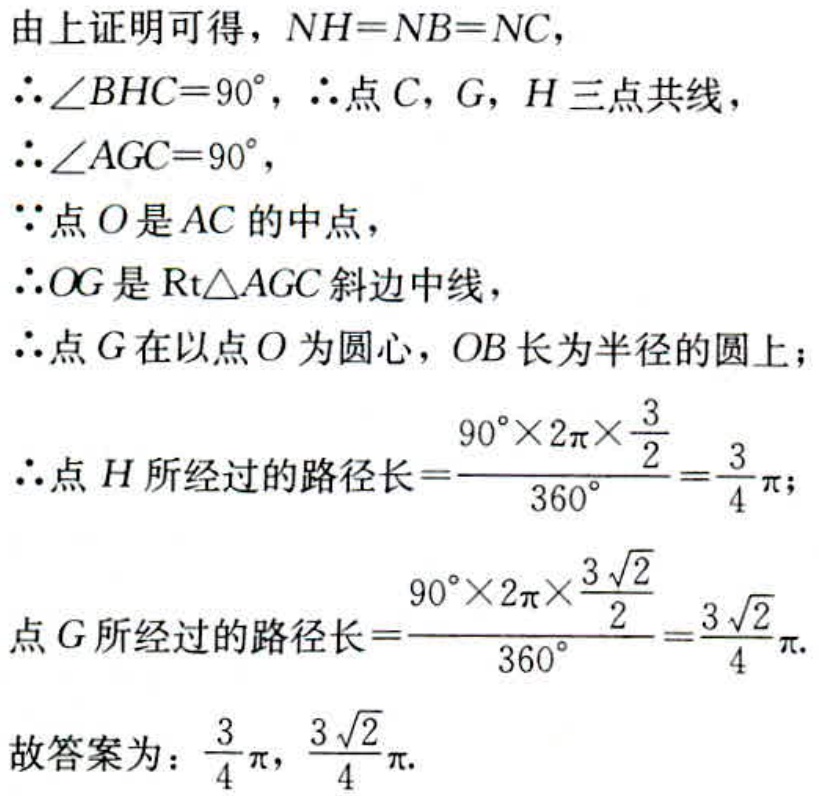
由上证明可得，\(NH = NB = NC\)，
\(\therefore\angle BHC = 90^{\circ}\)，\(\therefore\)点\(C\)，\(G\)，\(H\)三点共线，
\(\therefore\angle AGC = 90^{\circ}\)，
\(\because\)点\(O\)是\(AC\)的中点，
\(\therefore OG\)是\(\text{Rt}\triangle AGC\)斜边中线，
\(\therefore\)点\(G\)在以点\(O\)为圆心，\(OB\)长为半径的圆上；
\(\therefore\)点\(H\)所经过的路径长\(=\dfrac{90^{\circ}\times 2\pi\times\dfrac{3}{2}}{360^{\circ}}=\dfrac{3}{4}\pi\)；
点\(G\)所经过的路径长\(=\dfrac{90^{\circ}\times 2\pi\times\dfrac{3\sqrt{2}}{2}}{360^{\circ}}=\dfrac{3\sqrt{2}}{4}\pi\).
故答案为：\(\dfrac{3}{4}\pi\)，\(\dfrac{3\sqrt{2}}{4}\pi\).